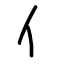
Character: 亻